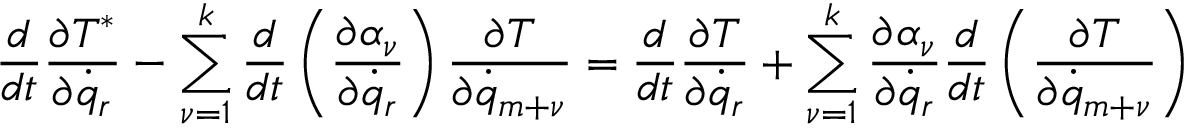
\frac { d } { d t } \frac { \partial T ^ { * } } { \partial { \dot { q } } _ { r } } - \sum _ { \nu = 1 } ^ { k } \frac { d } { d t } \left( \frac { \partial \alpha _ { \nu } } { \partial { \dot { q } } _ { r } } \right) \frac { \partial T } { \partial { \dot { q } } _ { m + \nu } } = \frac { d } { d t } \frac { \partial T } { \partial { \dot { q } } _ { r } } + \sum _ { \nu = 1 } ^ { k } \frac { \partial \alpha _ { \nu } } { \partial { \dot { q } _ { r } } } \frac { d } { d t } \left( \frac { \partial T } { \partial { \dot { q } } _ { m + \nu } } \right)